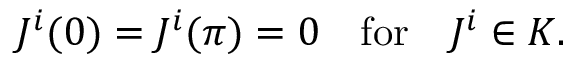
J ^ { i } ( 0 ) = J ^ { i } ( \pi ) = 0 \quad \mathrm { f o r } \quad J ^ { i } \in { \cal K } .